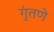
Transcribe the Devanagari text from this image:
गुंतणे